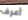
أعرف